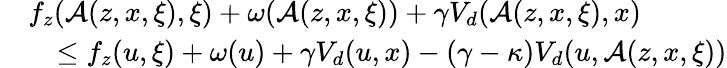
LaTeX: \begin{array}{rl}&{f_{z}(\mathcal{A}(z,x,\xi),\xi)+\omega(\mathcal{A}(z,x,\xi))+\gamma V_{d}(\mathcal{A}(z,x,\xi),x)}\\ &{\quad\leq f_{z}(u,\xi)+\omega(u)+\gamma V_{d}(u,x)-(\gamma-\kappa)V_{d}(u,\mathcal{A}(z,x,\xi))}\end{array}